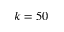
k = 5 0